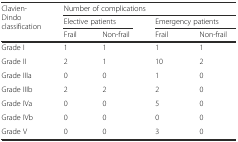
| <ROWSPAN=3> Clavien-Dindo classification | <COLSPAN=4> Number of complications |
 | <COLSPAN=2> Elective patients | <COLSPAN=2> Emergency patients |
 | Frail | Non-frail | Frail | Non-frail |
 | --- | --- | --- | --- | --- |
 | Grade I | 1 | 1 | 1 | 1 |
 | Grade II | 2 | 1 | 10 | 2 |
 | Grade IIIa | 0 | 0 | 1 | 0 |
 | Grade IIIb | 2 | 2 | 2 | 0 |
 | Grade IVa | 0 | 0 | 5 | 0 |
 | Grade IVb | 0 | 0 | 0 | 0 |
 | Grade V | 0 | 0 | 3 | 0 |